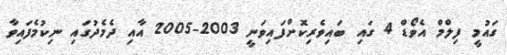
ގައުމީ ފިލްމް އެވޯޑް 4 ގައި ބައިވެރިކޮށްފައިވަނީ 2003-2005 އާއި ދެމެދުގައި ނިކުމެފައިވާ